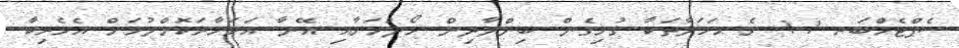
ސެޕްޓެމްބަރ 11 ގެ ޙަމަލާތަކާ ގުޅިގެން ބިންލާދިން ހޯދުމަށާއި އޭނާ އަވަހާރަކޮށްލުމަށް އެމެރިކާ